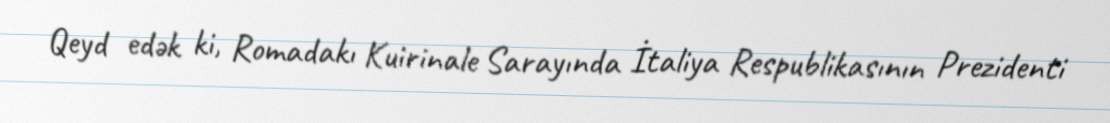
Qeyd edək ki, Romadakı Kuirinale Sarayında İtaliya Respublikasının Prezidenti